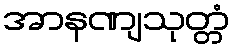
အာနဏျသုတ္တံ